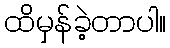
ထိမှန်ခဲ့တာပါ။